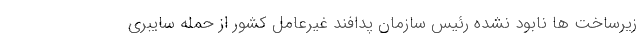
زیرساخت ها نابود نشده رئیس سازمان پدافند غیرعامل کشور از حمله سایبری